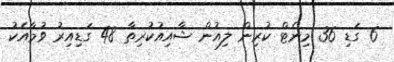
6 ގަޑި 36 މިނެޓް ކުރިން ލިއުން ޝާއިއުކުރިތާ 48 ގަޑިއިރު ވުމާއެކު